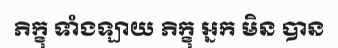
ភិក្ខុ ទាំងឡាយ ភិក្ខុ អ្នក មិន បាន